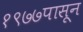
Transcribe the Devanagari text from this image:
१९७७पासून